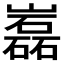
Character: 𡾏